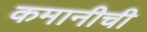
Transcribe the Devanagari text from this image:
कमानीची